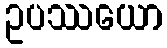
ဥပဿယော